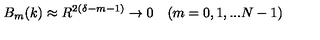
B _ { m } ( k ) \approx R ^ { 2 ( \delta - m - 1 ) } \to 0 \quad ( m = 0 , 1 , . . . N - 1 )